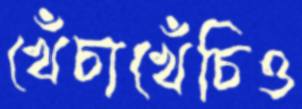
খেঁচাখেঁচিও